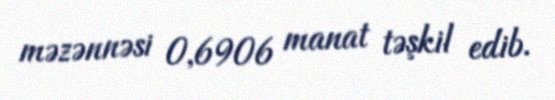
məzənnəsi 0,6906 manat təşkil edib.